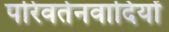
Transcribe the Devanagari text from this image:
परिवर्तनवादियों